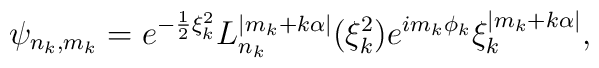
\psi_{n_{k} , m_{k}} = e^{ -\frac{1}{2}\xi_{k}^{2}}L_{n_{k}}^{|m_{k} + k\alpha|}(\xi_{k}^{2})e^{im_{k}\phi_{k}}\xi_{k}^{|m_{k} + k\alpha|} ,